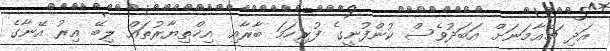
އަދި ޗެއާމަނަށް އަބަދުވެސް ކުންފުނީގެ ފުރިހަމަ ބާރާއި އިޚްތިޔާރުތައް ލިބޭ އިރު އޭނާގެ